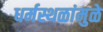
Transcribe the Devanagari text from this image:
धर्मस्थळांमुळे